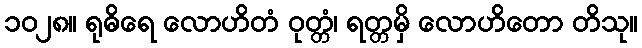
၁၀၂၈။ ရုဓိရေ လောဟိတံ ဝုတ္တံ၊ ရတ္တမှိ လောဟိတော တိသု။